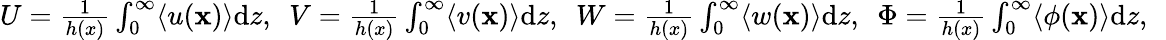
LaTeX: \begin{array}{r}{U=\frac{1}{h(x)}\int_{0}^{\infty}\langle u(\mathbf{x})\rangle\mathrm{d}z,\ \ V=\frac{1}{h(x)}\int_{0}^{\infty}\langle v(\mathbf{x})\rangle\mathrm{d}z,\ \ W=\frac{1}{h(x)}\int_{0}^{\infty}\langle w(\mathbf{x})\rangle\mathrm{d}z,\ \ \Phi=\frac{1}{h(x)}\int_{0}^{\infty}\langle\phi(\mathbf{x})\rangle\mathrm{d}z,\ \ }\end{array}